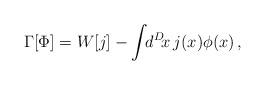
LaTeX: \begin{align*}\Gamma[\Phi] = W[j] - \int\!\!d^D\!x \, j(x) \phi(x) \,,\end{align*}